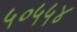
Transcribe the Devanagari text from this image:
५०५५४